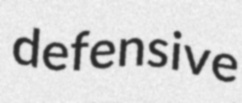
defensive